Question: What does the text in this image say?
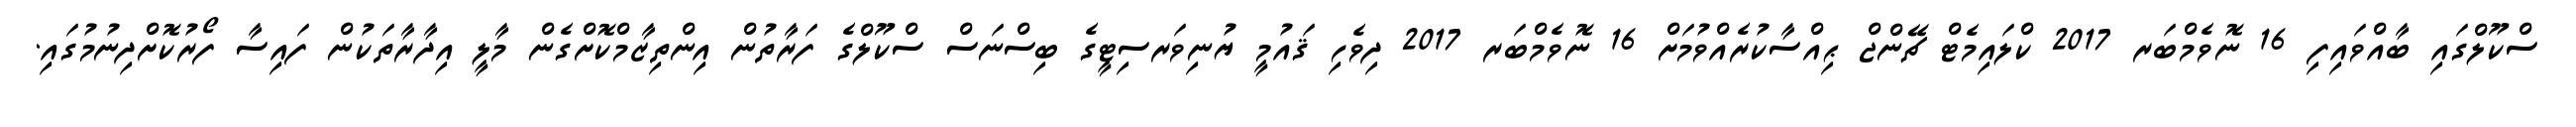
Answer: ސްކޫލްގައި ބާއްވައިފި 16 ނޮވެމްބަރ 2017 ކްލައިމެޓް ޗޭންޖް ޙިއްސާކުރެއްވުމަށް 16 ނޮވެމްބަރ 2017 ދިވެހި ޤައުމީ ޔުނިވަރސިޓީގެ ބިސްނަސް ސްކޫލްގެ ފަރާތުން އިންތިޒާމްކޮށްގެން މާލީ އިދާރާތަކުން ފައިސާ ފޯރުކޮށްދިނުމުގައި.